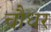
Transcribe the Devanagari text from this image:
चौधर